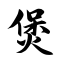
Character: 煲